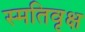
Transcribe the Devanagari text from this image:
स्मतिवृक्ष